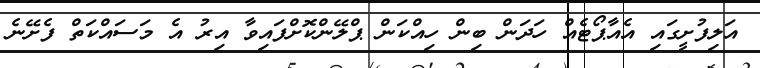
އަލިފުށީގައި އެއާޕޯޓެއް ހަދަން ބިން ހިއްކަން ޕްލޭންކޮށްފައިވާ އިރު އެ މަސައްކަތް ފެށޭނެ